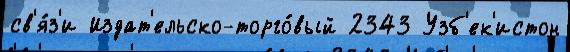
св'я́з'и Издат'ельско-торго́вый 2343 Узб'ек'истон